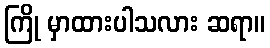
ကြို မှာထားပါသလား ဆရာ။